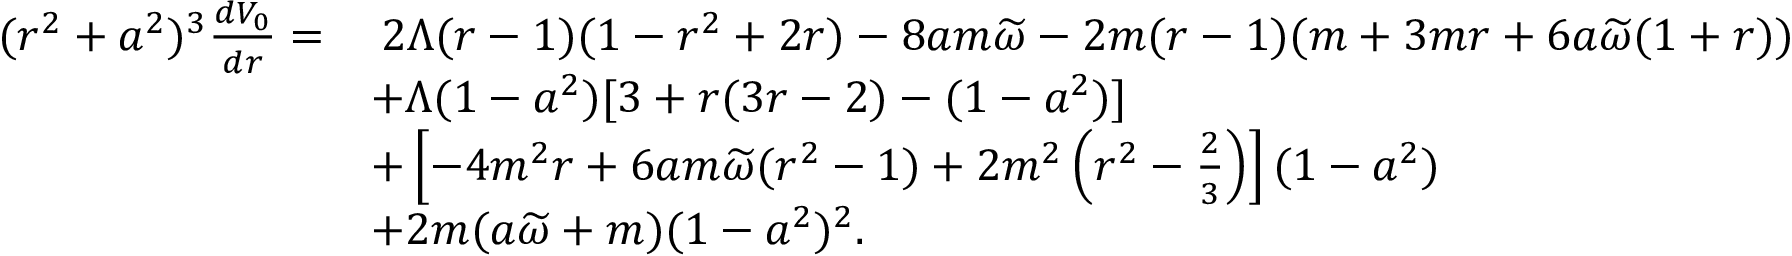
\begin{array} { r l } { ( r ^ { 2 } + a ^ { 2 } ) ^ { 3 } \frac { d V _ { 0 } } { d r } = } & { \: 2 \Lambda ( r - 1 ) ( 1 - r ^ { 2 } + 2 r ) - 8 a m \widetilde { \omega } - 2 m ( r - 1 ) ( m + 3 m r + 6 a \widetilde { \omega } ( 1 + r ) ) } \\ & { + \Lambda ( 1 - a ^ { 2 } ) [ 3 + r ( 3 r - 2 ) - ( 1 - a ^ { 2 } ) ] } \\ & { + \left[ - 4 m ^ { 2 } r + 6 a m \widetilde { \omega } ( r ^ { 2 } - 1 ) + 2 m ^ { 2 } \left( r ^ { 2 } - \frac { 2 } { 3 } \right) \right] ( 1 - a ^ { 2 } ) } \\ & { + 2 m ( a \widetilde { \omega } + m ) ( 1 - a ^ { 2 } ) ^ { 2 } . } \end{array}